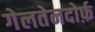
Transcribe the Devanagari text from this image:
गेलतेनदोर्फ़